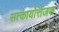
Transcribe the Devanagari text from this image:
सत्कार्योत्तेजक